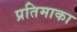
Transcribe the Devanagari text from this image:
प्रतिमाका